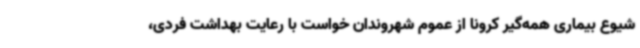
شیوع بیماری همه‌گیر کرونا از عموم شهروندان خواست با رعایت بهداشت فردی،